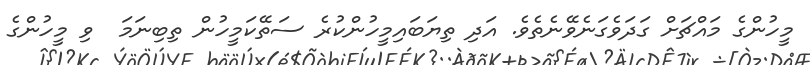
މީހުންގެ މައްޗަށް ގަދަވެގަނެވޭނެތެވެ. އަދި ތިޔަބައިމީހުންކުރެ ސަތޭކަމީހުން ތިބިނަމަ  ވި މީހުންގެ